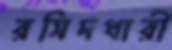
রসিদধারী